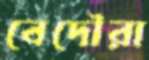
বেদৌরা